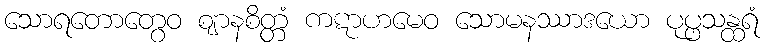
သောရတောတွေဝ ဈာနစိတ္တံ ကဋာဟမေဝ သောမနဿာဒယော ပုပ္ဖသန္ထရံ